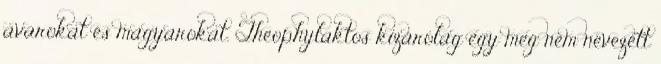
avarokat és magyarokat. Theophylaktos kizárólag egy meg nem nevezett